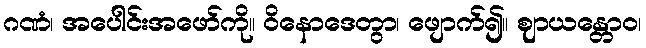
ဂဏံ၊ အပေါင်းအဖော်ကို။ ဝိနောဒေတွာ၊ ဖျောက်၍။ ဈာယန္တောဝ၊